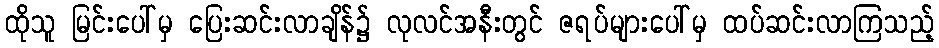
ထိုသူ မြင်းပေါ်မှ ပြေးဆင်းလာချိန်၌ လုလင်အနီးတွင် ဇရပ်များပေါ်မှ ထပ်ဆင်းလာကြသည့်